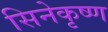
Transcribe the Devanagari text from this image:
सिनेकृष्ण